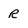
Character: R